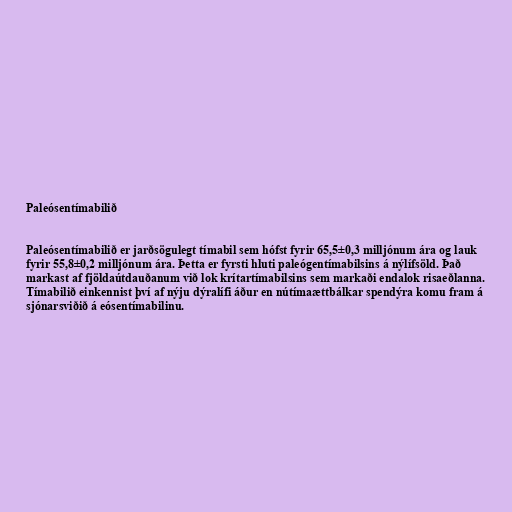
Paleósentímabilið

Paleósentímabilið er jarðsögulegt tímabil sem hófst fyrir 65,5±0,3 milljónum ára og lauk
fyrir 55,8±0,2 milljónum ára. Þetta er fyrsti hluti paleógentímabilsins á nýlífsöld. Það
markast af fjöldaútdauðanum við lok krítartímabilsins sem markaði endalok risaeðlanna.
Tímabilið einkennist því af nýju dýralífi áður en nútímaættbálkar spendýra komu fram á
sjónarsviðið á eósentímabilinu.